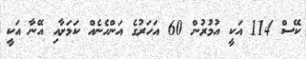
ކޭސް 114 އަކީ އުމުރުން 60 އަހަރުގެ އަންހެނެއް ކަމަށާއި އޭނާ އަކީ